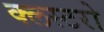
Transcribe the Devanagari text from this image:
क्लस्टरो